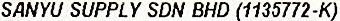
SANYU SUPPLY SDN BHD (1135772-K)